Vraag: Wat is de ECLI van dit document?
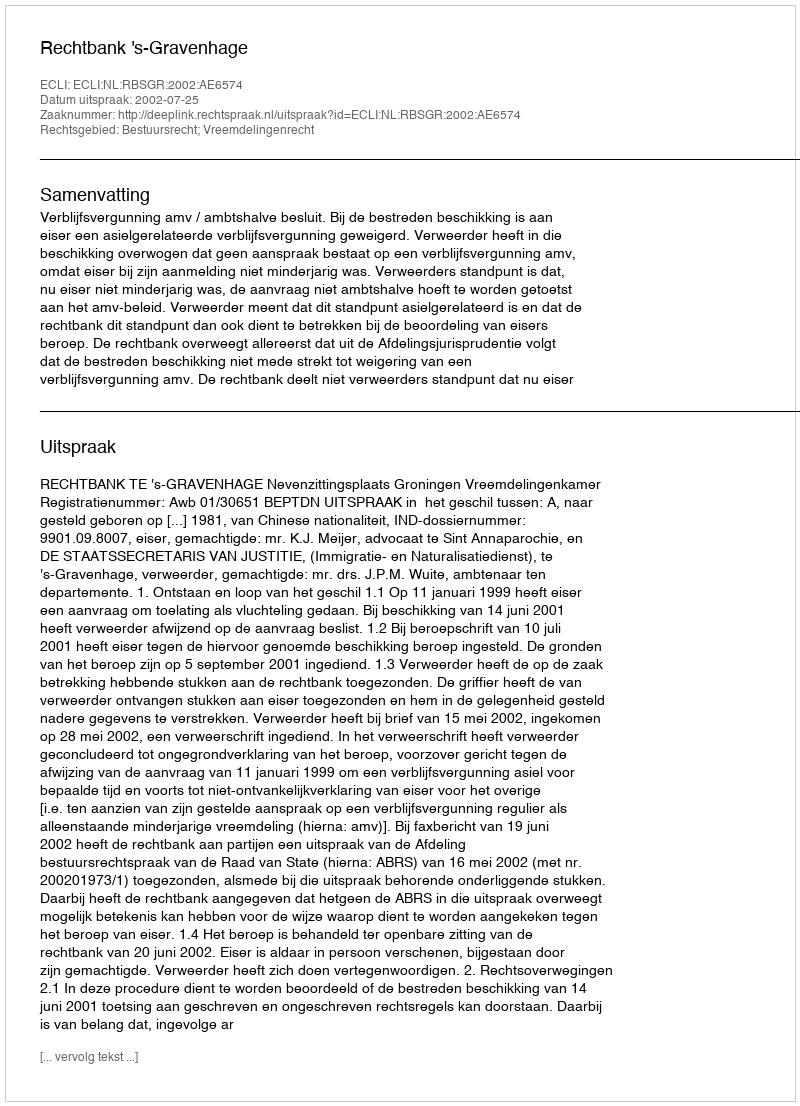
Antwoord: ECLI:NL:RBSGR:2002:AE6574